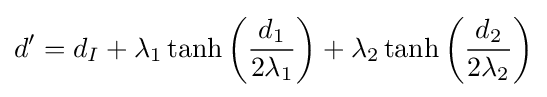
d'=d_{I}+\lambda _{1}\tanh \left({\frac {d_{1}}{2\lambda _{1}}}\right)+\lambda _{2}\tanh \left({\frac {d_{2}}{2\lambda _{2}}}\right)